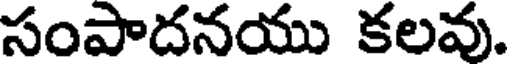
సంపాదనయు కలవు.